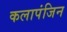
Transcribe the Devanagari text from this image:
कलापंजिन